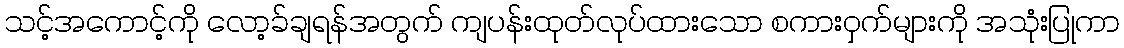
သင့်အကောင့်ကို လော့ခ်ချရန်အတွက် ကျပန်းထုတ်လုပ်ထားသော စကားဝှက်များကို အသုံးပြုကာ